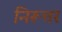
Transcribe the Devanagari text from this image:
निरूत्तर